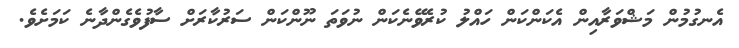
އެނގުމުން މަޝްވަރާއިން އެކަންކަން ހައްލު ކުރެވޭނެކަން ނުވަތަ ނޫންކަން ސަރުކާރަށް ސާފުވެގެންދާނެ ކަމަށެވެ.